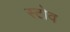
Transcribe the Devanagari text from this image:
स्‍टोव